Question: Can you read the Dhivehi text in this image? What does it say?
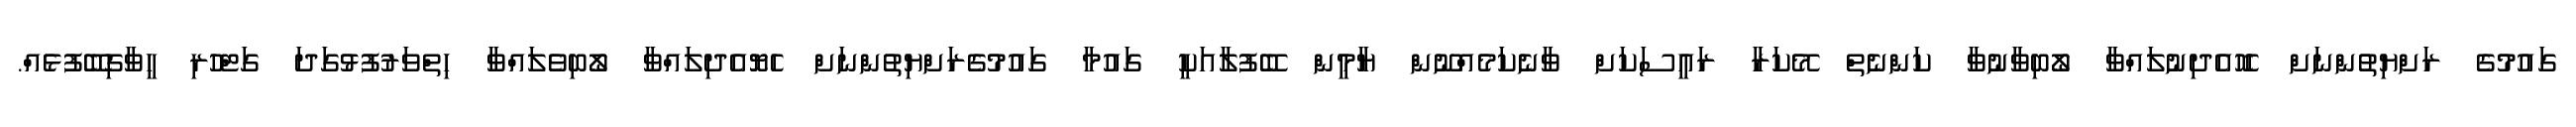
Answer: ގައުމުގެ ރަށްޔިތުންނަށް ހެހޮއެދިނުލައްވާ ލޯބިވާނުވާ ކަންނެތް މޭކަރާ ރައީސަކަށް ވާނެކަމެއްނޫން ޔާމީން ބޭފުލާއަކީ ގައުމާ ގައުމުގެރަށްޔިތުންނަށް ހެޔޮއެދިލައްވާ ލޯބިވެލައްވާ ހިތްވަރުފުޅުގަދަ ގަޓްހުރި ހީވާގިބޭފުޅެއް.